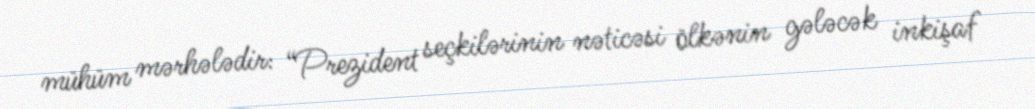
mühüm mərhələdir: “Prezident seçkilərinin nəticəsi ölkənin gələcək inkişaf